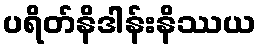
ပရိတ်နိဒါန်းနိဿယ